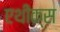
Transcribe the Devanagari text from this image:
एथीक्स